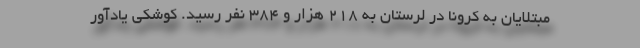
مبتلایان به کرونا در لرستان به ۲۱۸ هزار و ۳۸۴ نفر رسید. کوشکی یادآور